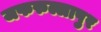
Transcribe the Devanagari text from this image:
जफरुल्लापुर